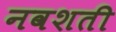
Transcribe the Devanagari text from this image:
नवशती